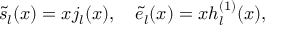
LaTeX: \tilde { s } _ { l } ( x ) = x j _ { l } ( x ) , \quad \tilde { e } _ { l } ( x ) = x h _ { l } ^ { ( 1 ) } ( x ) ,